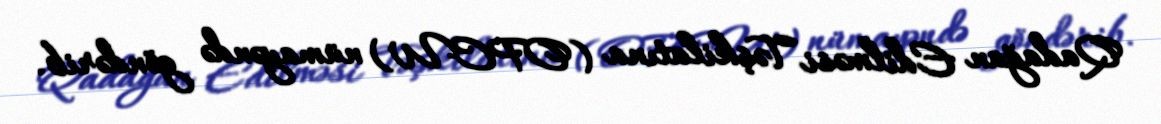
Qadağan Edilməsi Təşkilatına (OPCW) nümayəndə göndərib.